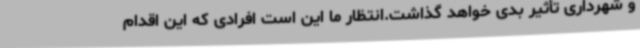
و شهرداری تأثیر بدی خواهد گذاشت.انتظار ما این است افرادی که این اقدام